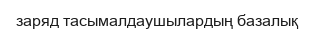
заряд тасымалдаушылардың базалық